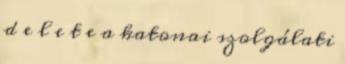
d e l e t e a katonai szolgálati